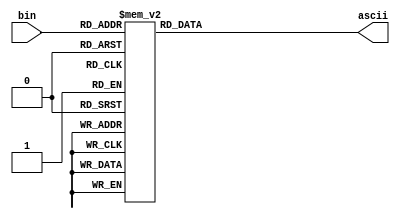
module driverascii (
		input [3:0] bin,
		output [1*8-1:0] ascii
);

reg [1*8-1:0] rascii;

always @*
	case (bin)
		4'b0000: rascii = 8'h30;
		4'b0001: rascii = 8'h31;
		4'b0010: rascii = 8'h32;
		4'b0011: rascii = 8'h33;
		4'b0100: rascii = 8'h34;
		4'b0101: rascii = 8'h35;
		4'b0110: rascii = 8'h36;
		4'b0111: rascii = 8'h37;
		4'b1000: rascii = 8'h38;
		4'b1001: rascii = 8'h39;
		4'b1010: rascii = 8'h41;
		4'b1011: rascii = 8'h42;
		4'b1100: rascii = 8'h43;
		4'b1101: rascii = 8'h44;
		4'b1110: rascii = 8'h45;
		4'b1111: rascii = 8'h46;
	endcase
	
assign ascii = rascii;

endmodule